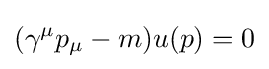
(\gamma ^{\mu }p_{\mu }-m)u(p)=0